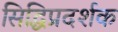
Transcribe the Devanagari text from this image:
सिद्धिप्रदर्शक